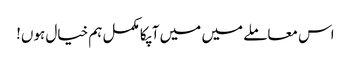
اس معاملے میں میں آپکا مکمل ہم خیال ہوں!